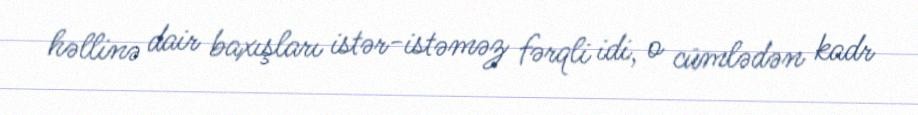
həllinə dair baxışları istər-istəməz fərqli idi, o cümlədən kadr